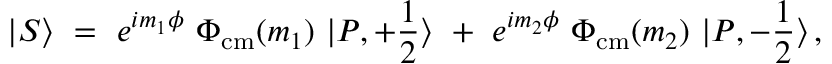
| S \rangle ~ = ~ e ^ { i m _ { 1 } \phi } ~ \Phi _ { \mathrm { c m } } ( m _ { 1 } ) ~ | P , + { \frac { 1 } { 2 } } \rangle ~ + ~ e ^ { i m _ { 2 } \phi } ~ \Phi _ { \mathrm { c m } } ( m _ { 2 } ) ~ | P , - { \frac { 1 } { 2 } } \rangle \, ,